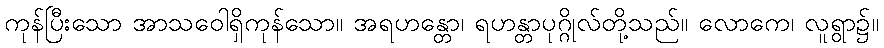
ကုန်ပြီးသော အာသဝေါရှိကုန်သော။ အရဟန္တော၊ ရဟန္တာပုဂ္ဂိုလ်တို့သည်။ လောကေ၊ လူရွာ၌။